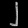
Digit: ၂